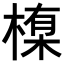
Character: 𪳊